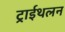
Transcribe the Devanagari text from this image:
ट्राईथलन